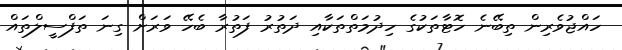
ހައްޖުވެރިން ތިބޭނެ ހޮޓާތަކުގެ ހިދުމަތްތަކާއި ދަތުރު ފަތުރާ ބެހޭ ވަރަށް ގިނަ ތަފްސީލްތައް